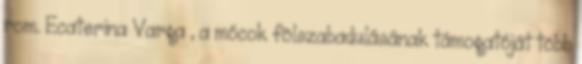
rom. Ecaterina Varga , a mócok fölszabadulásának támogatóját több